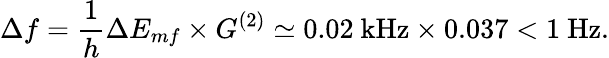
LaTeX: \Delta f=\frac{1}{h}\Delta E_{mf}\times G^{(2)}\simeq 0.02\ \mathrm{kHz}\times 0.037<1\ \mathrm{Hz}.